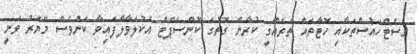
ގެސްޓްހައުސްތަކާއި ހޮޓާތައް ތަރައްގީ ކުރާނެ ގޮތުގެ ކޮންސެޕްޓް އެކުލަވާލާފައިވާ ކަންވެސް މޭޔަރު ވަނީ